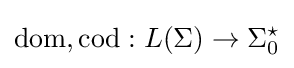
{\text{dom}},{\text{cod}}:L(\Sigma )\to \Sigma _{0}^{\star }